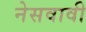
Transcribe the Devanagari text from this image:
नेसवावी